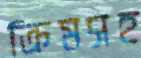
ক্রিমসহ